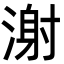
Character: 㴬